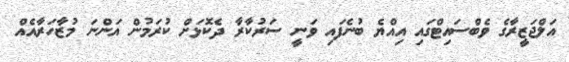
އަލްޖަޒީރާގެ ވެބްސައިޓްގައި އިއްޔެ ބުނެފައި ވަނީ ސަރުކާރާ ދެކޮޅަށް ކުރަމުން އަންނަ މުޒާހަރާއެއް